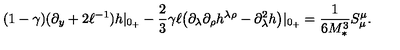
( 1 - \gamma ) ( \partial _ { y } + 2 \ell ^ { - 1 } ) h | _ { 0 _ { + } } - \frac { 2 } { 3 } \gamma \ell \big ( \partial _ { \lambda } \partial _ { \rho } h ^ { \lambda \rho } - \partial _ { \lambda } ^ { 2 } h \big ) | _ { 0 _ { + } } = \frac { 1 } { 6 M _ { * } ^ { 3 } } S _ { \mu } ^ { \mu } .